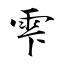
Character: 雫